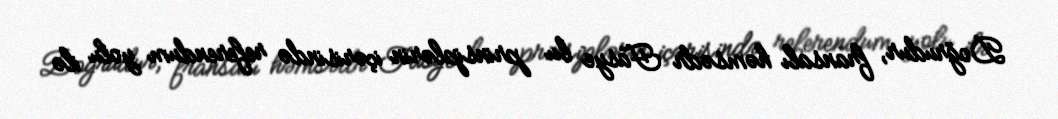
Doğrudur, fransalı həmsədr Fasye bu prinsiplərin içərisində referendum yolu ilə